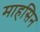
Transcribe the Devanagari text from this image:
माहसिन